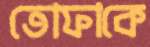
তোফাকে